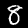
Label: 8